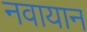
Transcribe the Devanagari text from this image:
नवायान